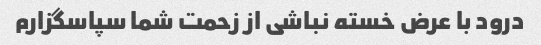
درود با عرض خسته نباشی از زحمت شما سپاسگزارم